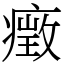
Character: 㿂